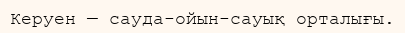
Керуен — сауда-ойын-сауық орталығы.